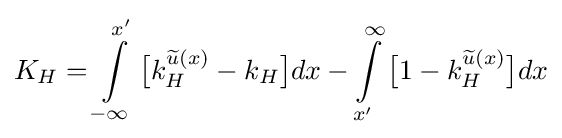
K_{H}=\int \limits _{-\infty }^{x'}{\big [}k_{H}^{{\widetilde {u}}(x)}-k_{H}{\big ]}dx-\int \limits _{x'}^{\infty }{\big [}1-k_{H}^{{\widetilde {u}}(x)}{\big ]}dx